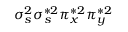
\sigma _ { s } ^ { 2 } \sigma _ { s } ^ { * 2 } \pi _ { x } ^ { * 2 } \pi _ { y } ^ { * 2 }